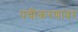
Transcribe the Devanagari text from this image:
पंचीकरणावर